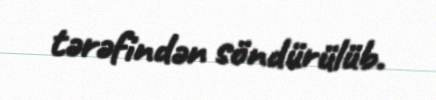
tərəfindən söndürülüb.